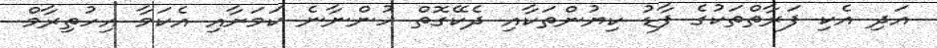
އަދި އެކި ފަރާތްތަކުގެ ފާޑު ކިޔުންތަކާއި ދެކޭގޮތް ހުންނާނެ ކަމަށާއި އެކަމާ އިހުތިރާމް